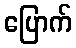
ပြောက်